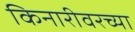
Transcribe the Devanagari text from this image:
किनारीवरच्या